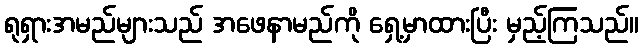
ရုရှားအမည်များသည် အဖေနာမည်ကို ရှေ့မှာထားပြီး မှည့်ကြသည်။